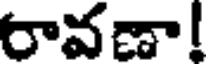
రావణా!